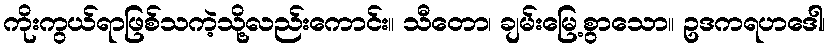
ကိုးကွယ်ရာဖြစ်သကဲ့သို့လည်းကောင်း။ သီတော၊ ချမ်းမြေ့စွာသော။ ဥဒကရဟဒေါ၊